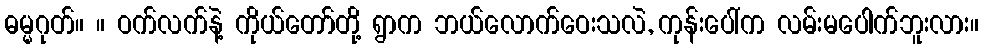
ဓမ္မဂုတ်။ ။ ဝက်လက်နဲ့ ကိုယ်တော်တို့ ရွာက ဘယ်လောက်ဝေးသလဲ, ကုန်းပေါ်က လမ်းမပေါက်ဘူးလား။